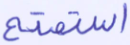
استمتع